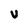
Character: U